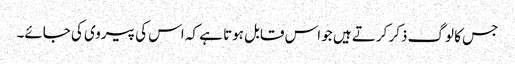
جس کا لوگ ذکر کرتے ہیں جو اس قابل ہوتا ہے کہ اس کی پیروی کی جائے۔